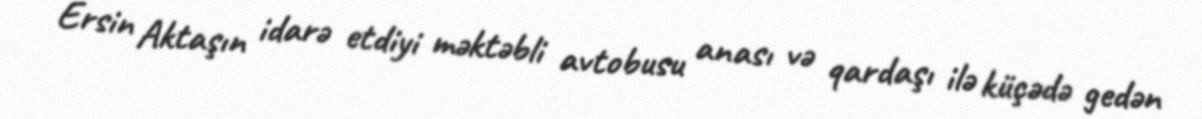
Ersin Aktaşın idarə etdiyi məktəbli avtobusu anası və qardaşı ilə küçədə gedən